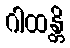
ဂါထန္တိ